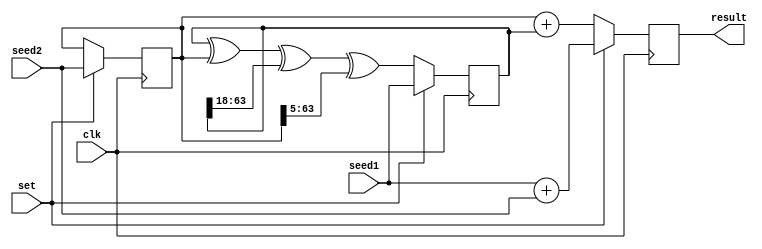
`timescale 1ns / 1ps
`define dataWidth 64
module xorshift64(
	input wire [`dataWidth-1:0] seed1,
	input wire [`dataWidth-1:0] seed2,
	input wire clk,
	input wire set,
	output reg [`dataWidth-1:0] result
);

reg [`dataWidth-1:0] now_state0;
reg [`dataWidth-1:0] now_state1;

wire [`dataWidth-1:0] next_state0;
wire [`dataWidth-1:0] next_state1;

assign next_state0 = now_state0;
assign next_state1 = now_state1^now_state0^(now_state1 >> 18)^(now_state0 >> 5);

always @(posedge clk)
begin	
	if (set == 1)
		begin
			now_state0 <= seed2;
			now_state1 <= seed1;
			result <= seed1 + seed2;
		end
	else
		begin
			result <= now_state0 + now_state1;
			now_state0 <= next_state0;
			now_state1 <= next_state1;
		end
end
endmodule